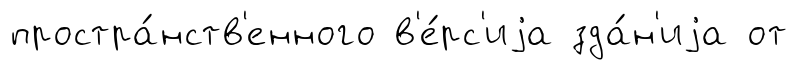
простра́нств'енного в'е́рс'иjа зда́н'иjа от